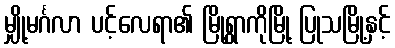
မျှို့မင်္ဂလာ ပင့်လေရာ၏ မြို့ရွာကိုမြို့ ပြုသမြို့နှင့်